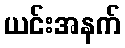
ယင်းအနက်